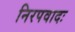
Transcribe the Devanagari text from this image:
निरपवादः